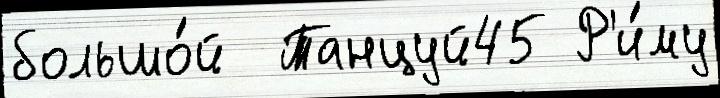
большо́й  Танцуй45 Р'и́му